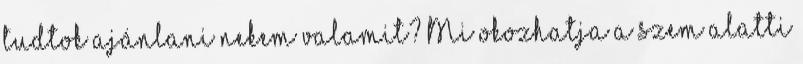
tudtok ajánlani nekem valamit? Mi okozhatja a szem alatti